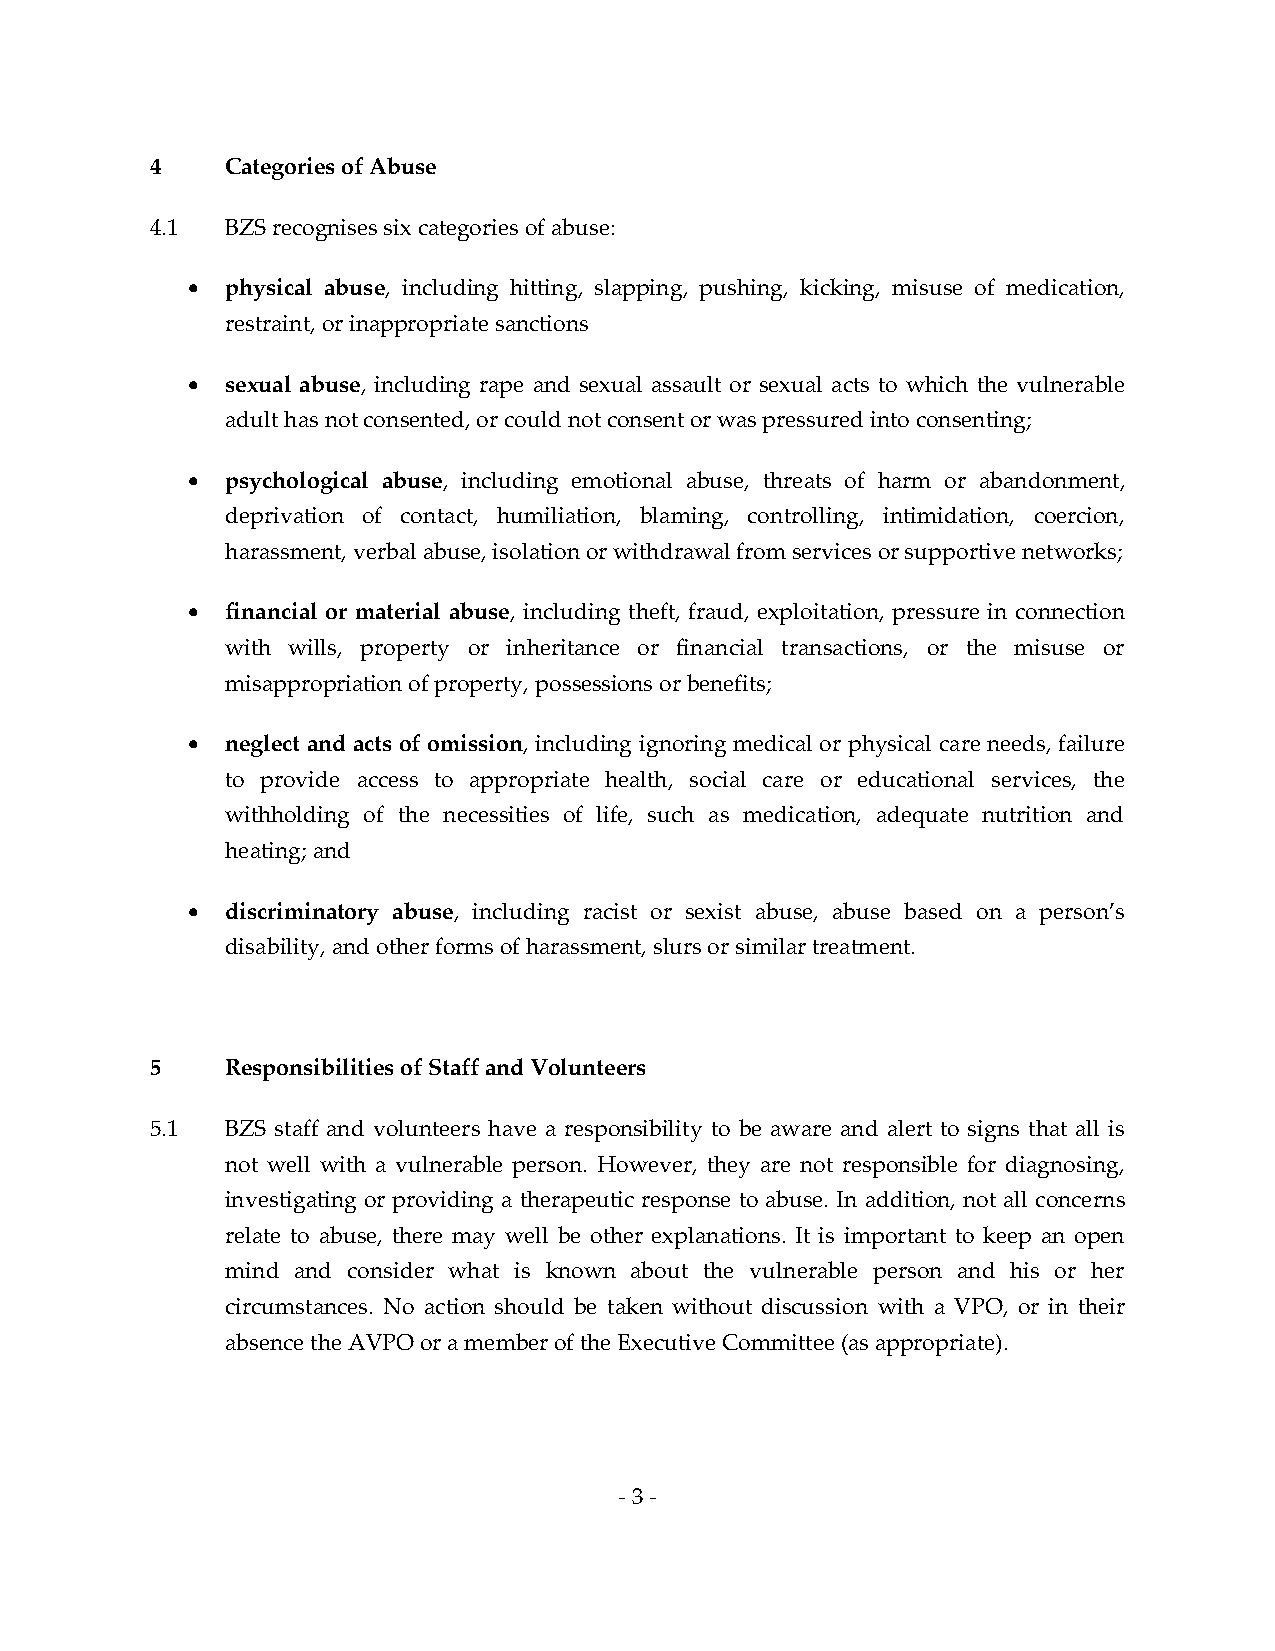
4    Categories of Abuse
 4.1  BZS recognises six categories of abuse:
   physical abuse, including hitting, slapping, pushing, kicking, misuse of medication,
 restraint, or inappropriate sanctions
   sexual abuse, including rape and sexual assault or sexual acts to which the vulnerable
 adult has not consented, or could not consent or was pressured into consenting;
   psychological abuse, including emotional abuse, threats of harm or abandonment,
 deprivation of contact, humiliation, blaming, controlling, intimidation, coercion,
 harassment, verbal abuse, isolation or withdrawal from services or supportive networks;
   financial or material abuse, including theft, fraud, exploitation, pressure in connection
 with wills, property or inheritance or financial transactions, or the misuse or
 misappropriation of property, possessions or benefits;
   neglect and acts of omission, including ignoring medical or physical care needs, failure
 to provide access to appropriate health, social care or educational services, the
 withholding of the necessities of life, such as medication, adequate nutrition and
 heating; and
   discriminatory abuse, including racist or sexist abuse, abuse based on a person’s
 disability, and other forms of harassment, slurs or similar treatment.
 5    Responsibilities of Staff and Volunteers
 5.1  BZS staff and volunteers have a responsibility to be aware and alert to signs that all is
 not well with a vulnerable person. However, they are not responsible for diagnosing,
 investigating or providing a therapeutic response to abuse. In addition, not all concerns
 relate to abuse, there may well be other explanations. It is important to keep an open
 mind and consider what is known about the vulnerable person and his or her
 circumstances. No action should be taken without discussion with a VPO, or in their
 absence the AVPO or a member of the Executive Committee (as appropriate).
 - 3 -